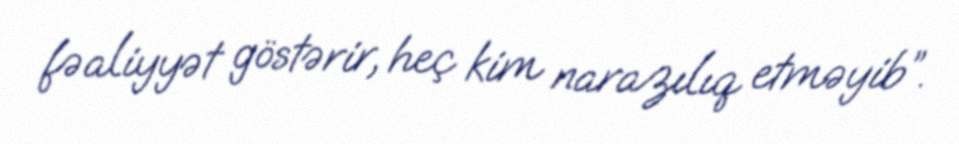
fəaliyyət göstərir, heç kim narazılıq etməyib”.